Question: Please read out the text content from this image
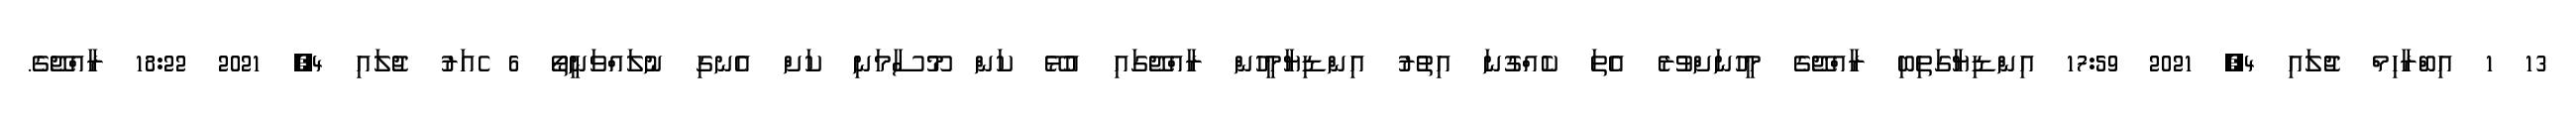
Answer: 13 1 އިބްރާހިމް ޖުލައި 4, 2021 17:59 އިންޑިޔާގަތިބި ރާއްޖޭގެ މީހުނަށްވުރެ އެތަ ކެއްގުނަ އިތުރު އިންޑިޔާމީހުން ރާއްޖޭގައި އުޅޭ ކަން މޫސާމަނި ކަށް އެނގި ނުލައްވަނީތޯ 6 ެއަރު ޖުލައި 4, 2021 18:22 ރާއްޖޭގެ.